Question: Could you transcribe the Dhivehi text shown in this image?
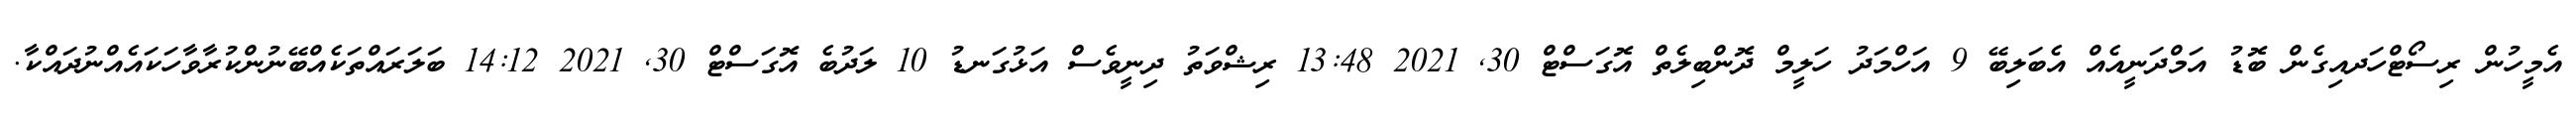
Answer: އެމީހުން ރިސޯޓްހަދއިގެން ބޮޑު އަމްދަނީއެއް އެބަލިބޭ 9 އަހްމަދު ހަލީމް ދޮންބިލެތް އޮގަސްޓް 30, 2021 13:48 ރިޝްވަތު ދިނީވެސް އަޅުގަނޑު 10 ލަދުބެ އޮގަސްޓް 30, 2021 14:12 ބަލަރައްތަކެއްބޭނުންކުރާވާހަކައެއްނުދައްކާ.